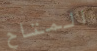
المتاح